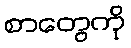
စာတွေကို